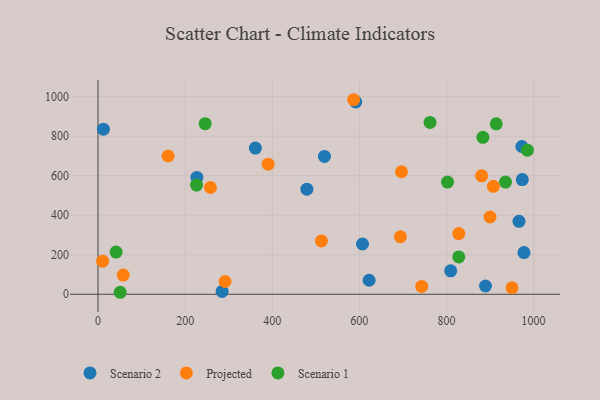
{"axis": {"x": "Investment", "y": "Yield"}, "legend": ["Projected", "Scenario 1", "Scenario 2"], "data": [{"x": "227.0", "y": 591.1, "type": "Scenario 2"}, {"x": "591.7", "y": 972.6, "type": "Scenario 2"}, {"x": "519.8", "y": 697.1, "type": "Scenario 2"}, {"x": "284.9", "y": 14.5, "type": "Scenario 2"}, {"x": "973.0", "y": 747.5, "type": "Scenario 2"}, {"x": "361.3", "y": 739.4, "type": "Scenario 2"}, {"x": "889.6", "y": 41.8, "type": "Scenario 2"}, {"x": "607.2", "y": 254.3, "type": "Scenario 2"}, {"x": "479.5", "y": 531.6, "type": "Scenario 2"}, {"x": "622.4", "y": 70.8, "type": "Scenario 2"}, {"x": "966.5", "y": 368.8, "type": "Scenario 2"}, {"x": "12.4", "y": 835.1, "type": "Scenario 2"}, {"x": "974.0", "y": 580.3, "type": "Scenario 2"}, {"x": "977.9", "y": 210.8, "type": "Scenario 2"}, {"x": "809.7", "y": 118.6, "type": "Scenario 2"}, {"x": "10.6", "y": 167.2, "type": "Projected"}, {"x": "258.0", "y": 540.0, "type": "Projected"}, {"x": "828.2", "y": 306.8, "type": "Projected"}, {"x": "696.7", "y": 619.8, "type": "Projected"}, {"x": "161.0", "y": 699.6, "type": "Projected"}, {"x": "880.7", "y": 599.0, "type": "Projected"}, {"x": "57.8", "y": 97.0, "type": "Projected"}, {"x": "950.5", "y": 32.7, "type": "Projected"}, {"x": "743.1", "y": 39.8, "type": "Projected"}, {"x": "907.7", "y": 545.9, "type": "Projected"}, {"x": "586.8", "y": 984.2, "type": "Projected"}, {"x": "512.9", "y": 270.0, "type": "Projected"}, {"x": "694.3", "y": 290.9, "type": "Projected"}, {"x": "390.6", "y": 658.0, "type": "Projected"}, {"x": "899.9", "y": 390.9, "type": "Projected"}, {"x": "291.7", "y": 64.4, "type": "Projected"}, {"x": "828.2", "y": 188.9, "type": "Scenario 1"}, {"x": "883.6", "y": 794.2, "type": "Scenario 1"}, {"x": "935.5", "y": 567.8, "type": "Scenario 1"}, {"x": "41.6", "y": 213.5, "type": "Scenario 1"}, {"x": "914.2", "y": 862.5, "type": "Scenario 1"}, {"x": "226.2", "y": 552.3, "type": "Scenario 1"}, {"x": "762.2", "y": 869.4, "type": "Scenario 1"}, {"x": "50.9", "y": 10.0, "type": "Scenario 1"}, {"x": "246.0", "y": 862.8, "type": "Scenario 1"}, {"x": "985.7", "y": 728.7, "type": "Scenario 1"}, {"x": "802.3", "y": 567.8, "type": "Scenario 1"}]}